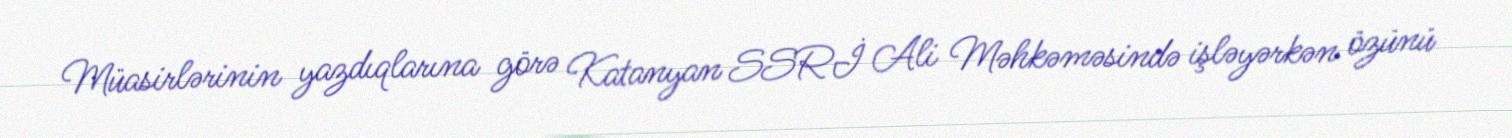
Müasirlərinin yazdıqlarına görə Katanyan SSRİ Ali Məhkəməsində işləyərkən özünü